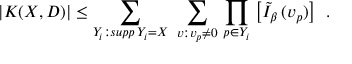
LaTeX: \left. | K ( X , D ) | \leq \sum _ { Y _ { i } : s u p p \, Y _ { i } = X } \ \sum _ { v : v _ { p } \neq 0 } \, \prod _ { p \in Y _ { i } } \, \left[ \tilde { I } _ { \beta } \, ( v _ { p } ) \right] \right. \ .